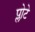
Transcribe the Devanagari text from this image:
प्लोटे